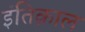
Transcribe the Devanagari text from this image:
इंतिक़ाल